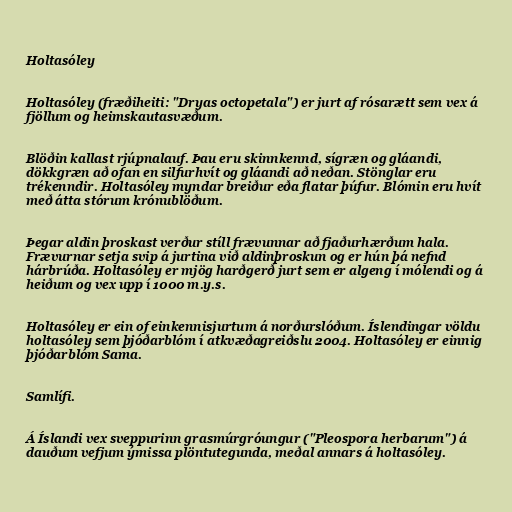
Holtasóley

Holtasóley (fræðiheiti: "Dryas octopetala") er jurt af rósarætt sem vex á
fjöllum og heimskautasvæðum.

Blöðin kallast rjúpnalauf. Þau eru skinnkennd, sígræn og gláandi,
dökkgræn að ofan en silfurhvít og gláandi að neðan. Stönglar eru
trékenndir. Holtasóley myndar breiður eða flatar þúfur. Blómin eru hvít
með átta stórum krónublöðum.

Þegar aldin þroskast verður stíll frævunnar að fjaðurhærðum hala.
Frævurnar setja svip á jurtina við aldinþroskun og er hún þá nefnd
hárbrúða. Holtasóley er mjög harðgerð jurt sem er algeng í mólendi og á
heiðum og vex upp í 1000 m.y.s.

Holtasóley er ein of einkennisjurtum á norðurslóðum. Íslendingar völdu
holtasóley sem þjóðarblóm í atkvæðagreiðslu 2004. Holtasóley er einnig
þjóðarblóm Sama.

Samlífi.

Á Íslandi vex sveppurinn grasmúrgróungur ("Pleospora herbarum") á
dauðum vefjum ýmissa plöntutegunda, meðal annars á holtasóley.